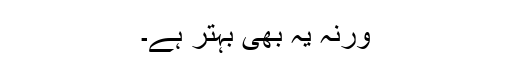
ورنہ یہ بھی بہتر ہے۔